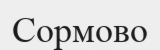
Сормово